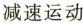
减速运动